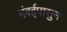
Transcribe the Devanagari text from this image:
मुंबईपासुन